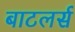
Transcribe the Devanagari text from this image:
बाटलर्स